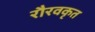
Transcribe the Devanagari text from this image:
रौरवकृत